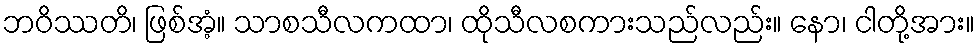
ဘဝိဿတိ၊ ဖြစ်အံ့။ သာစသီလကထာ၊ ထိုသီလစကားသည်လည်း။ နော၊ ငါတို့အား။